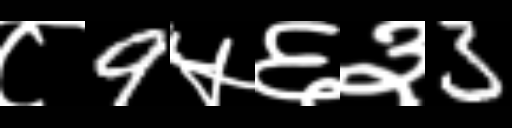
Text: ८9५६३3